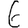
Digit: 6